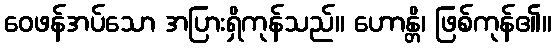
ဝေဖန်အပ်သော အပြားရှိကုန်သည်။ ဟောန္တိ၊ ဖြစ်ကုန်၏။